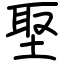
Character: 埾